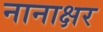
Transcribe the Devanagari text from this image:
नानाक्षर